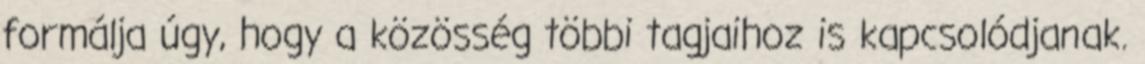
formálja úgy, hogy a közösség többi tagjaihoz is kapcsolódjanak.